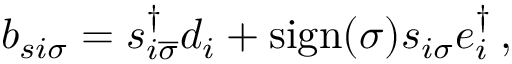
\begin{array} { r } { b _ { s i \sigma } = s _ { i \overline { { \sigma } } } ^ { \dagger } d _ { i } + \mathrm { s i g n } ( \sigma ) s _ { i \sigma } e _ { i } ^ { \dagger } \, , } \end{array}